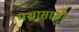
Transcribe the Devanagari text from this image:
यशासाठी